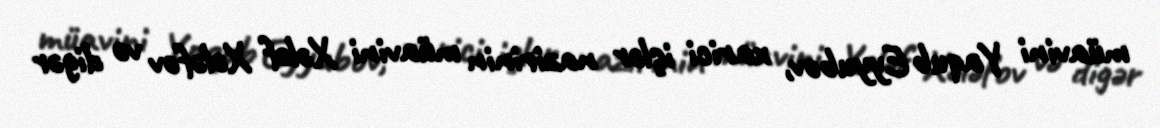
müavini Yaqub Eyyubov, xarici işlər nazirinin müavini Xələf Xələfov və digər